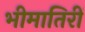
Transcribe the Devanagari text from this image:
भीमातिरीं